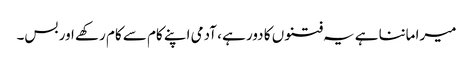
میرا ماننا ہے یہ فتنوں کا دور ہے ، آدمی اپنے کام سے کام رکھے اور بس۔